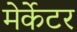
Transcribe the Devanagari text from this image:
मेर्केटर